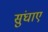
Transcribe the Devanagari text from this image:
सुंघाए